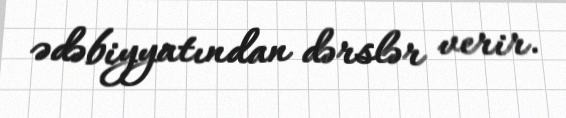
ədəbiyyatından dərslər verir.